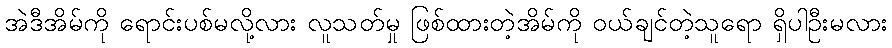
အဲဒီအိမ်ကို ရောင်းပစ်မလို့လား လူသတ်မှု ဖြစ်ထားတဲ့အိမ်ကို ဝယ်ချင်တဲ့သူရော ရှိပါဦးမလား